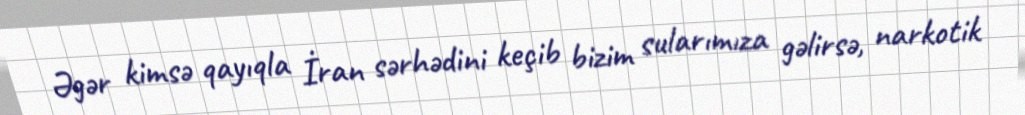
Əgər kimsə qayıqla İran sərhədini keçib bizim sularımıza gəlirsə, narkotik